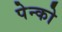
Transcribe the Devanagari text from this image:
पेन्को